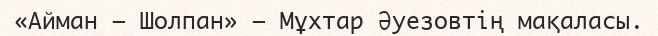
«Айман — Шолпан» — Мұхтар Әуезовтің мақаласы.